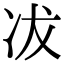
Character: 冹